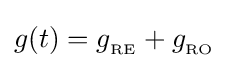
g(t)=g_{_{\text{RE}}}+g_{_{\text{RO}}}